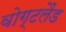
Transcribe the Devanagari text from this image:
वोग्टलैंड